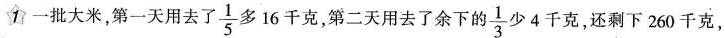
1一批大米，第一天用去了 \frac{1}{5} 多16千克，第二天用去了余下的 \frac{1}{3} 少4千克，还剩下260千克，